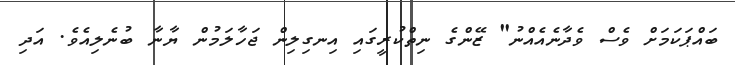
ބައްޕަކަމަށް ވެސް ވެދާނެއެއްނު" ޒޭންގެ ނިތްކުރީގައި އިނގިލިން ޖަހާލަމުން ޔާނާ ބުނެލިއެވެ. އަދި